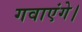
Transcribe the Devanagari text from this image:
गवाएंगे।